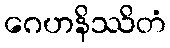
ဂေဟနိဿိတံ